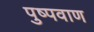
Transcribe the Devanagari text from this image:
पुष्पवाण